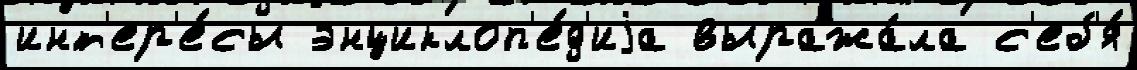
инт'ер'е́сы энциклоп'е́д'иjа выража́ла с'еб'я́